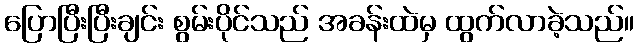
ပြောပြီးပြီးချင်း စွမ်းပိုင်သည် အခန်းထဲမှ ထွက်လာခဲ့သည်။